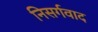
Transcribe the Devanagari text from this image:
निसर्गवाद